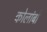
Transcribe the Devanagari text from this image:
कोलांबो